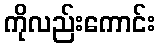
ကိုလည်းကောင်း